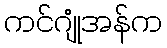
ကင်ဂျုံအန်က